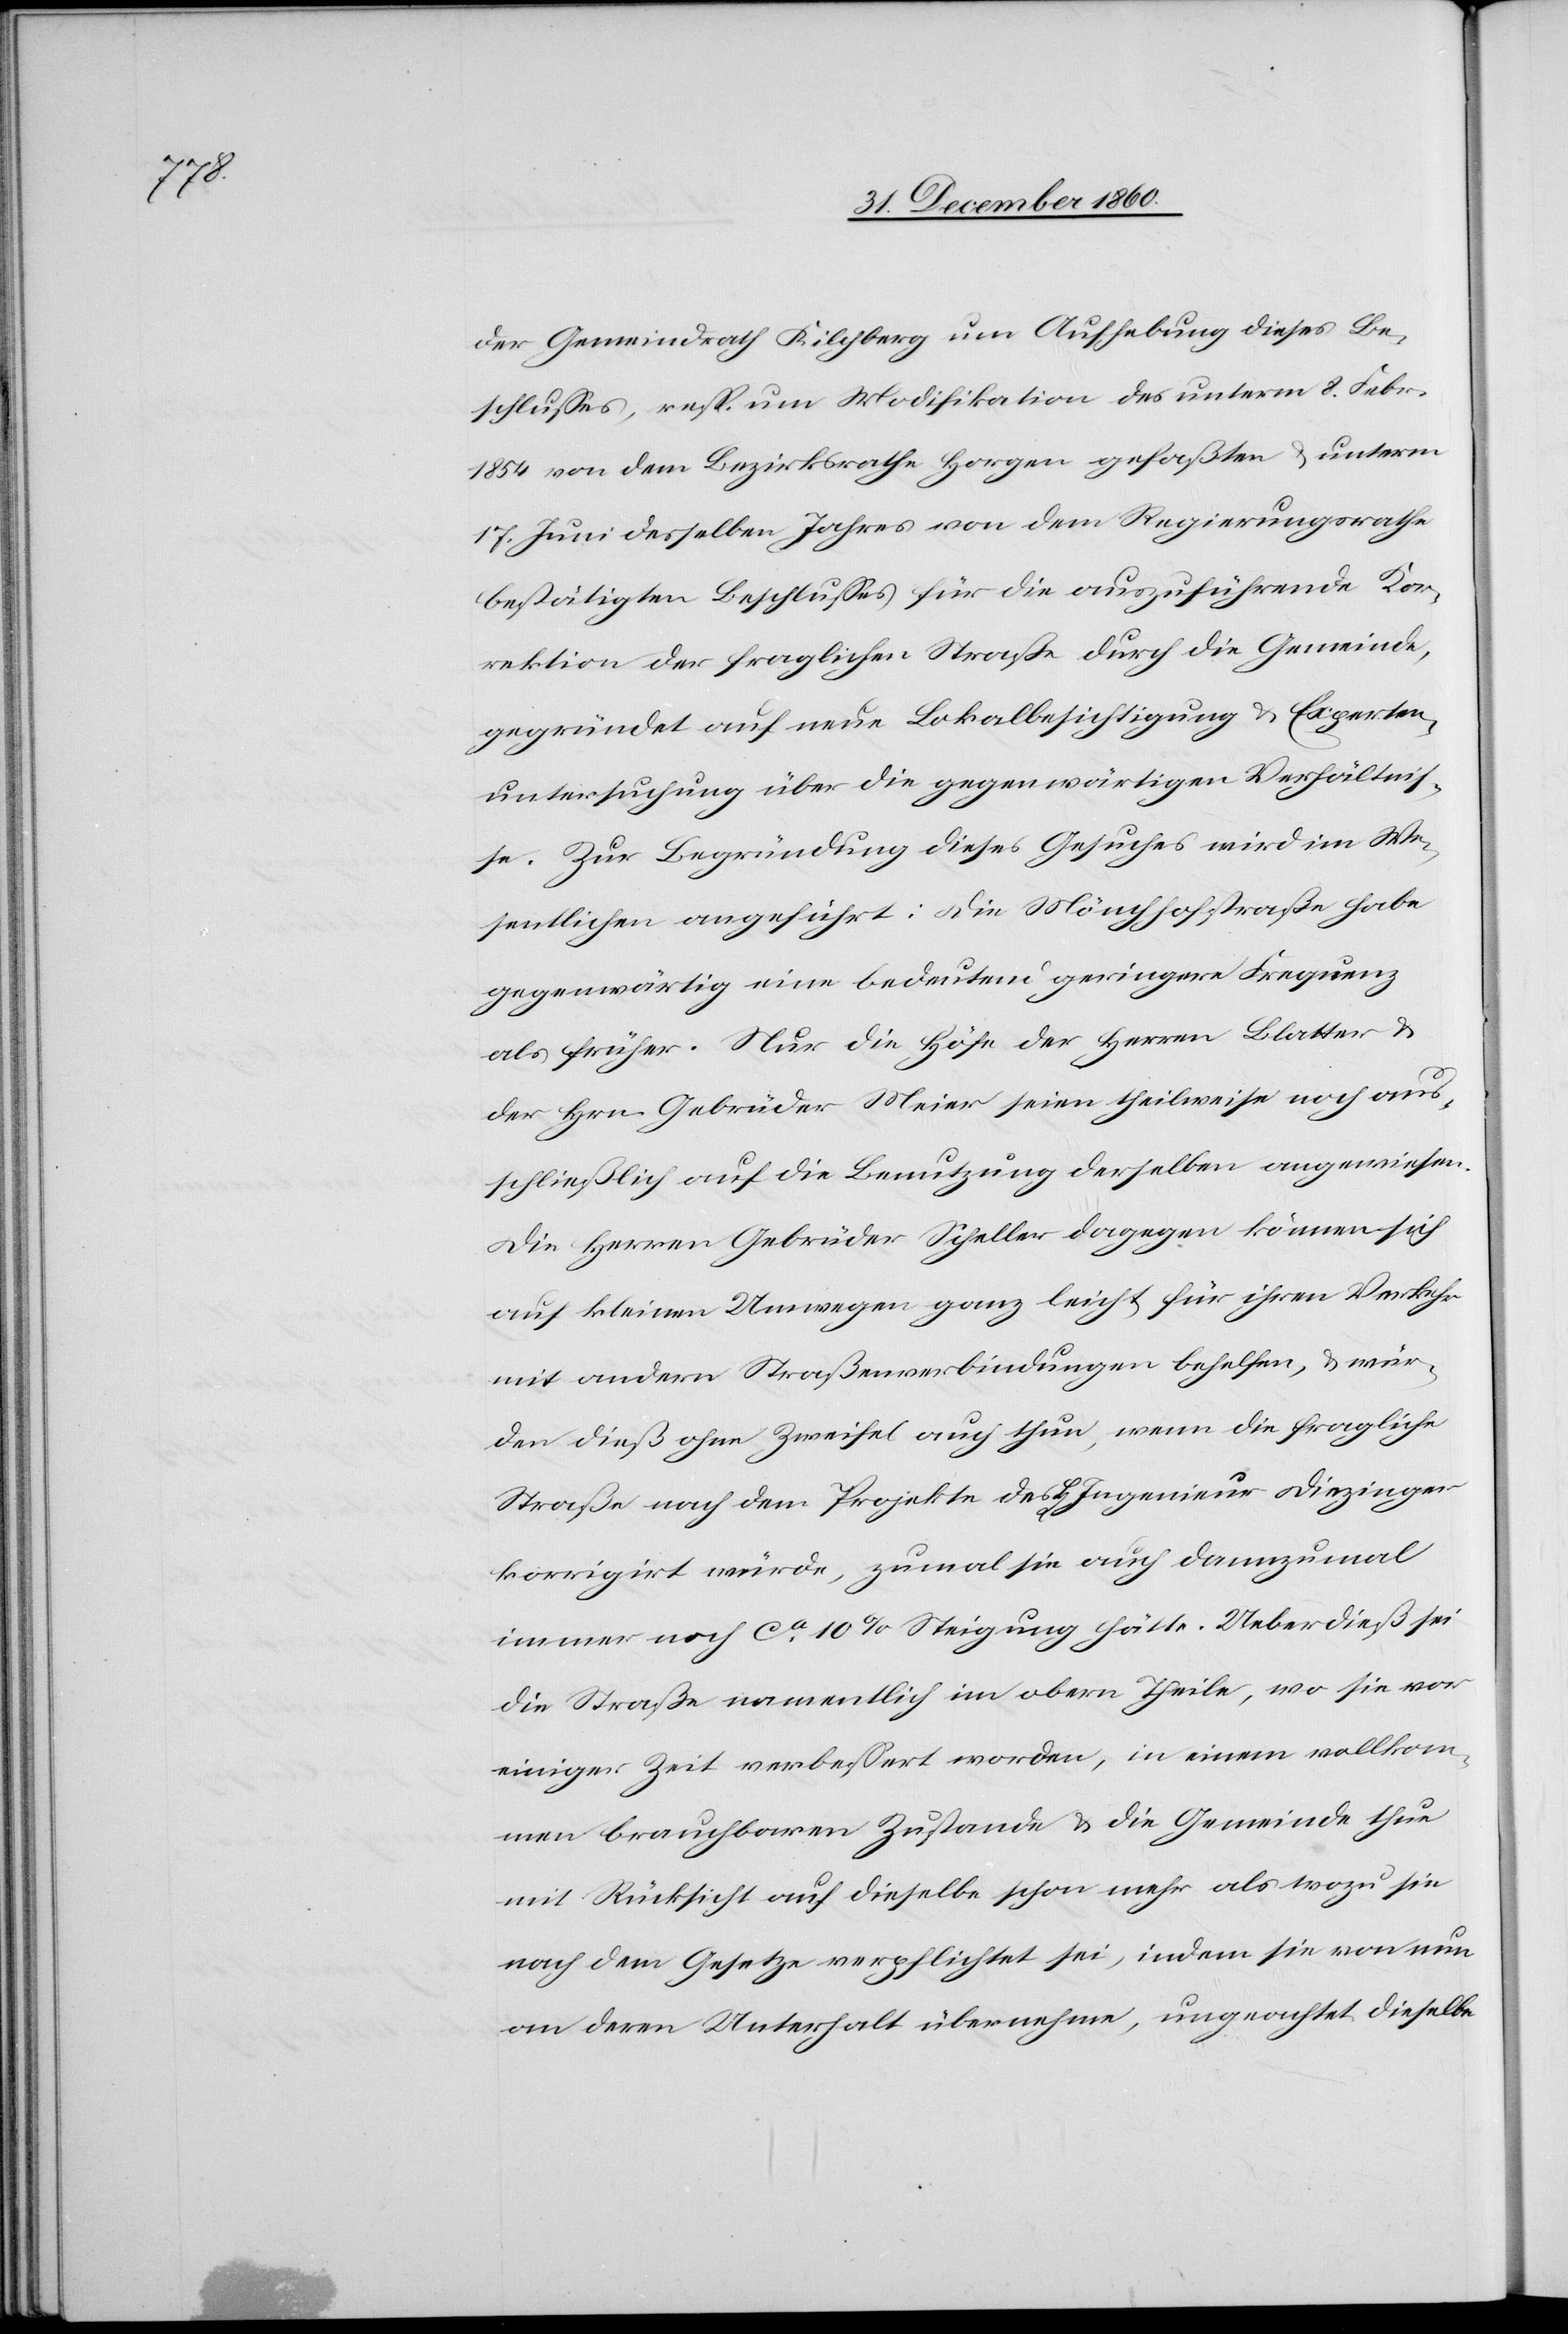
sich

der Gemeindrath Kilchberg um Aufhebung dieses Be¬
schlusses, resp. um Modifikation des unterm 8. Febr.
1854 von dem Bezirksrathe Horgen gefaßten u. unterm
17. Juni desselben Jahres von dem Regierungsrathe
bestätigten Beschlusses für die auszuführende Kor¬
rektion der fraglichen Straße durch die Gemeinde,
gegründet auf neue Lokalbesichtigung u. Experten¬
untersuchung über die gegenwärtigen Verhältnis¬
se. Zur Begründung dieses Gesuches wird im We¬
sentlichen angeführt: Die Mönchhofstraße habe
gegenwärtig eine bedeutend geringere Frequenz
als früher. Nur die Höfe der Herren Blatter u.
der Hrn. Gebrüder Meier seien theilweise noch aus¬
schließlich auf die Benutzung derselben angewiesen.
auf kleinen Unwegen ganz leicht für ihren Verkehr
mit andern Straßenverbindungen behelfen, u. wür¬
den dieß ohne Zweifel auch thun, wenn die fragliche
Straße nach dem Projekte des H[errn] Ingenieur Diezinger
korrigirt würde, zumal sie auch dannzumal
immer noch ca 10% Steigung hätte. Ueberdieß sei
die Straße namentlich im obern Theile, wo sie vor
einiger Zeit verbessert worden, in einem vollkom¬
men brauchbaren Zustande u. die Gemeinde thue
mit Rücksicht auf dieselbe schon mehr als wozu sie
nach dem Gesetze verpflichtet sei, indem sie von nun
an deren Unterhalt übernehme, ungeachtet dieselbe